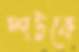
স্পটকে